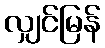
လျှင်မြန်